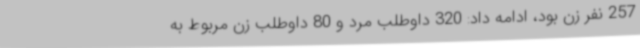
257 نفر زن بود، ادامه داد: 320 داوطلب مرد و 80 داوطلب زن مربوط به